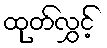
ထုတ်လွှင့်